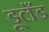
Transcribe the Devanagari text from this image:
डूलँड